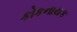
કોકનાયક